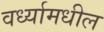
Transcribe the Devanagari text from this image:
वर्ध्यामधील